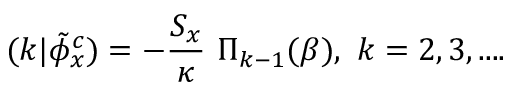
( k | \tilde { \phi } _ { x } ^ { c } ) = - { \frac { S _ { x } } { \kappa } } \ \Pi _ { k - 1 } ( \beta ) , \ k = 2 , 3 , . . . .